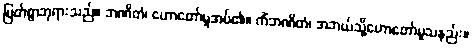
မြတ်စွာဘုရားသည်။ ဘဏိတံ၊ ဟောတော်မူအပ်၏။ ကိံဘဏိတံ၊ အဘယ်သို့ဟောတော်မူသနည်း။